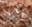
أجل